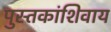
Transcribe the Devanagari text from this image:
पुस्तकांशिवाय